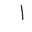
Letter: _alif